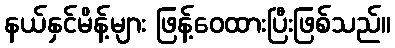
နယ်နှင်မိန့်များ ဖြန့်ဝေထားပြီးဖြစ်သည်။